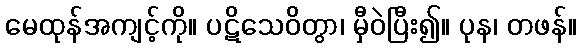
မေထုန်အကျင့်ကို။ ပဋိသေဝိတွာ၊ မှီဝဲပြီး၍။ ပုန၊ တဖန်။